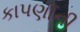
કાપણીની